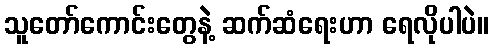
သူတော်ကောင်းတွေနဲ့ ဆက်ဆံရေးဟာ ရေလိုပါပဲ။